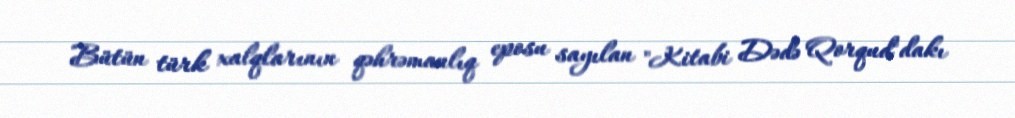
Bütün türk xalqlarının qəhrəmanlıq eposu sayılan "Kitabi Dədə Qorqud"dakı